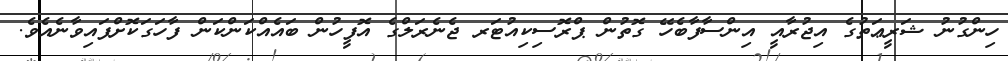
ހިންގުނު ޝަރީޢަތުގެ އިޖުރާއީ އިންސާފާބެހޭ ގޮތުން ޕްރޮސިކިއުޓަރ ޖެނެރަލްގެ އޮފީހުން ބައެއްކަންކަން ފާހަގަކޮށްފައިވާނެއެވެ.